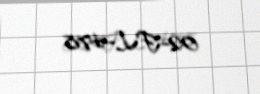
02-FL-478